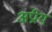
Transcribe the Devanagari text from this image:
अप्रीय